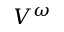
V ^ { \omega }